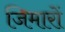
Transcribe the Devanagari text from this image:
जिमारों